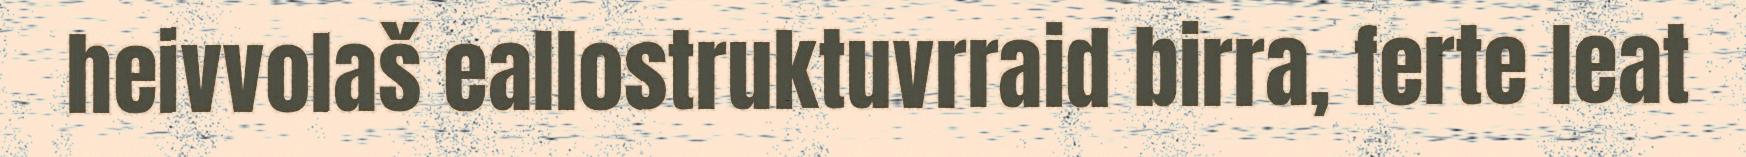
heivvolaš eallostruktuvrraid birra, ferte leat